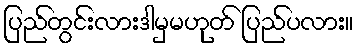
ပြည်တွင်းလားဒါမှမဟုတ် ပြည်ပလား။